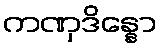
ကဏှဒိန္နော